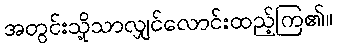
အတွင်းသို့သာလျှင်လောင်းထည့်ကြ၏။